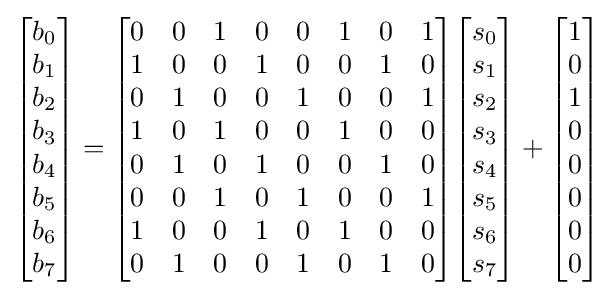
{\begin{bmatrix}b_{0}\\b_{1}\\b_{2}\\b_{3}\\b_{4}\\b_{5}\\b_{6}\\b_{7}\end{bmatrix}}={\begin{bmatrix}0&0&1&0&0&1&0&1\\1&0&0&1&0&0&1&0\\0&1&0&0&1&0&0&1\\1&0&1&0&0&1&0&0\\0&1&0&1&0&0&1&0\\0&0&1&0&1&0&0&1\\1&0&0&1&0&1&0&0\\0&1&0&0&1&0&1&0\end{bmatrix}}{\begin{bmatrix}s_{0}\\s_{1}\\s_{2}\\s_{3}\\s_{4}\\s_{5}\\s_{6}\\s_{7}\end{bmatrix}}+{\begin{bmatrix}1\\0\\1\\0\\0\\0\\0\\0\end{bmatrix}}